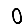
Digit: 0